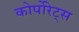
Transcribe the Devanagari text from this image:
कोर्पोरेट्स